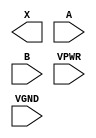
module sky130_fd_sc_hs__and2 (
    X   ,
    A   ,
    B   ,
    VPWR,
    VGND
);

    output X   ;
    input  A   ;
    input  B   ;
    input  VPWR;
    input  VGND;
endmodule